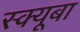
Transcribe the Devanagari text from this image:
स्क्यूबा